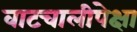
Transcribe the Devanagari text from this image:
वाटचालीपेक्षा